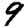
Digit: 9